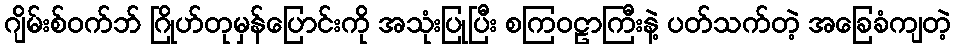
ဂျိမ်းစ်ဝက်ဘ် ဂြိုဟ်တုမှန်ပြောင်းကို အသုံးပြုပြီး စကြဝဠာကြီးနဲ့ ပတ်သက်တဲ့ အခြေခံကျတဲ့